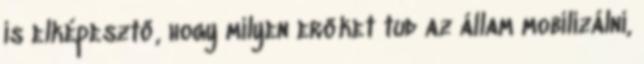
is elképesztő, hogy milyen erőket tud az állam mobilizálni,